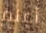
أعلم